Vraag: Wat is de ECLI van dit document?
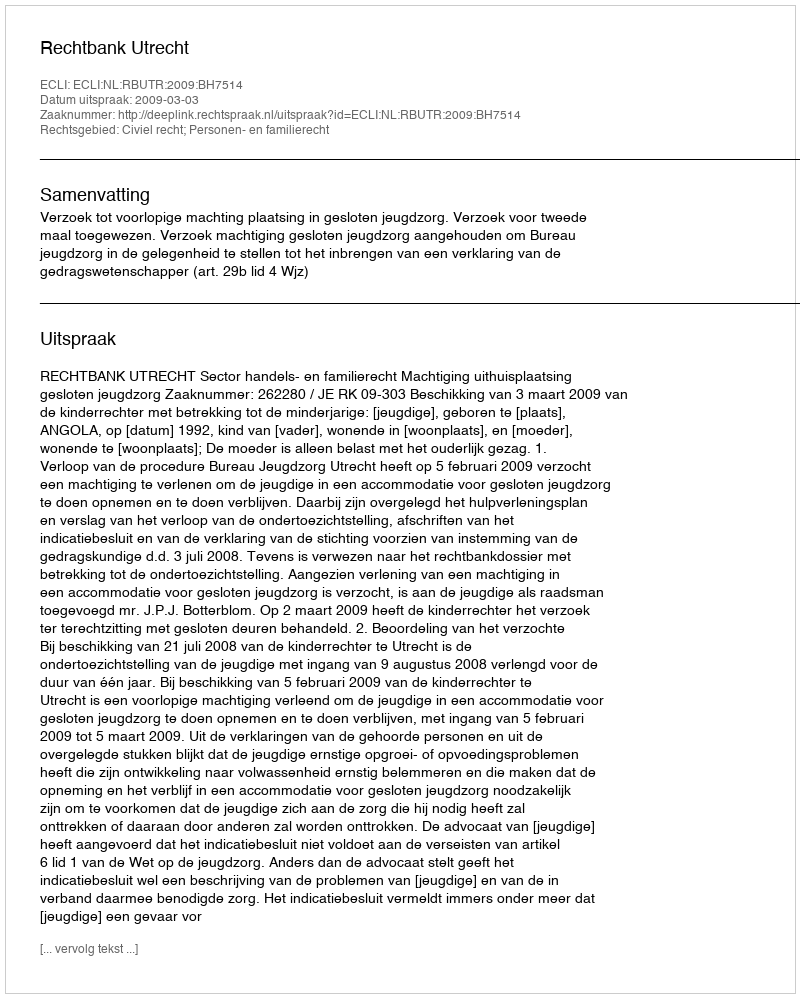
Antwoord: ECLI:NL:RBUTR:2009:BH7514